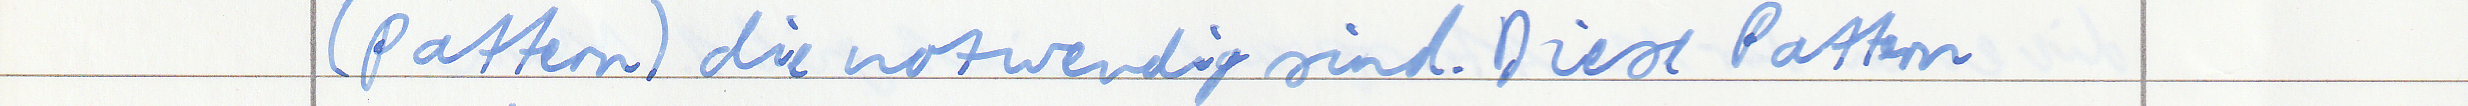
(pattern) die notwendig sind. Diese Pattern